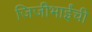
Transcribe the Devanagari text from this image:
जिजीभाईंची